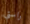
راستي